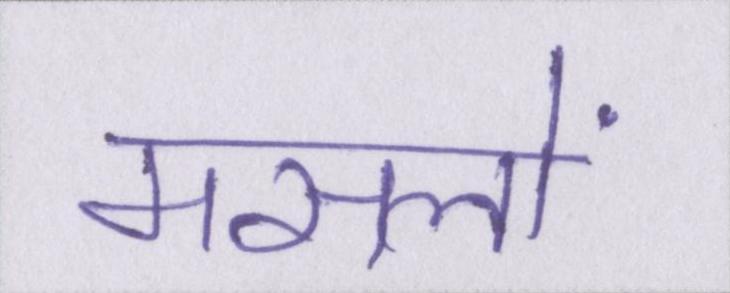
मसलों